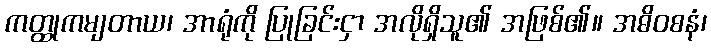
ကတ္ထုကမျတာယ၊ အာရုံကို ပြုခြင်းငှာ အလိုရှိသူ၏ အဖြစ်၏။ အဓိဝစနံ၊